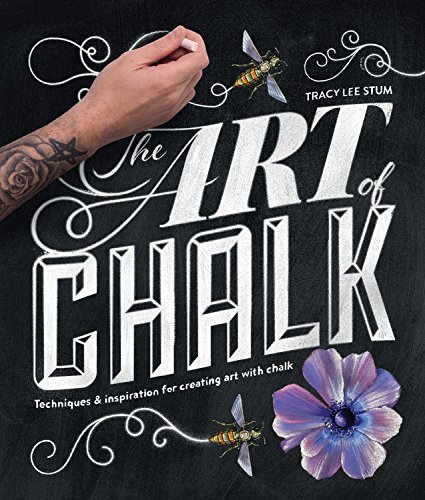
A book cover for The Art of Chalk: Techniques and Inspiration for Creating Art with Chalk; Tracy Lee Stum; Arts & Photography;